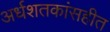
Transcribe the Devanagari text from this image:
अर्धशतकांसहीत